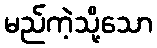
မည်ကဲ့သို့သော